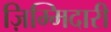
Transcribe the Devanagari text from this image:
ज़िम्मिदारी